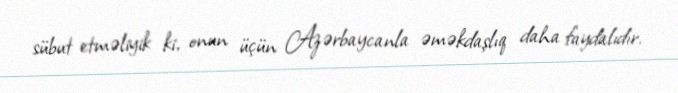
sübut etməliyik ki, onun üçün Azərbaycanla əməkdaşlıq daha faydalıdır.